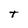
Character: T